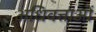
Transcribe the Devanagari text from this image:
अधिवत्ताओं